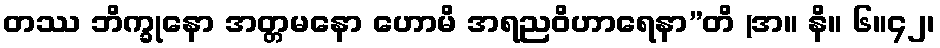
တဿ ဘိက္ခုနော အတ္တမနော ဟောမိ အရညဝိဟာရေနာ”တိ (အ။ နိ။ ၆။၄၂၊